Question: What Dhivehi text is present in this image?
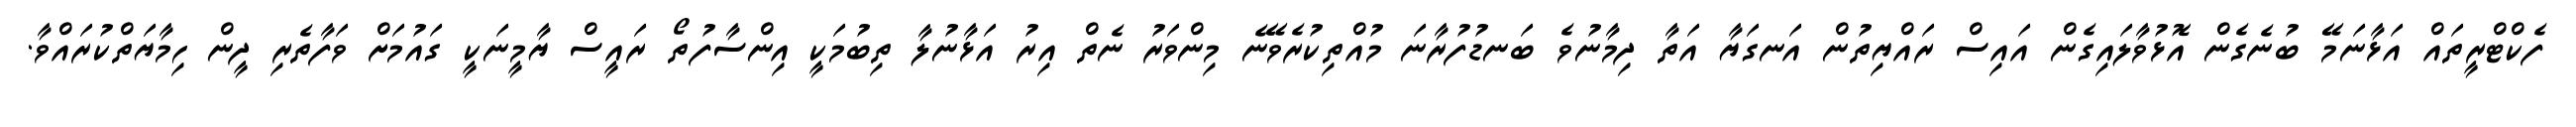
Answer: ފެކްޓްރީތައް އަޅާނަމޭ ބުނެގެން އޮޅުވާލައިގެން އައިސް ރައްޔިތުން އަނގަޔާ އަތާ ދިމާނުވެ ބަނޑުފުރާނަ މުއްތިކުރެވޭނެ މިންވަރު ނެތް އިރު އަޅާނުލާ ތިބުމަކީ އިންސާފުތޯ ރައީސް ޔާމީނަކީ ގައުމަށް ވަފާތެރި ދީން ހިމާޔަތްކުރައްވާ.